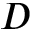
D